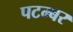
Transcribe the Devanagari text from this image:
पटम्‍बर